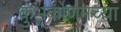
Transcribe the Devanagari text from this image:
कुंभकोणमच्या